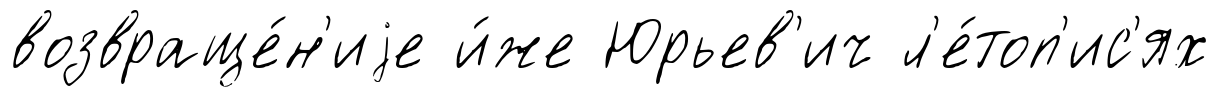
возвраще́н'иjе и́же Юрьев'ич л'е́топ'ис'ях